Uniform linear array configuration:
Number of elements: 48
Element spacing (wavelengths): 0.25
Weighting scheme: cosine
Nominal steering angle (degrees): -45
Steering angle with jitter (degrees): -44.534
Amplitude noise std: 0.05
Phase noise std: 0.05

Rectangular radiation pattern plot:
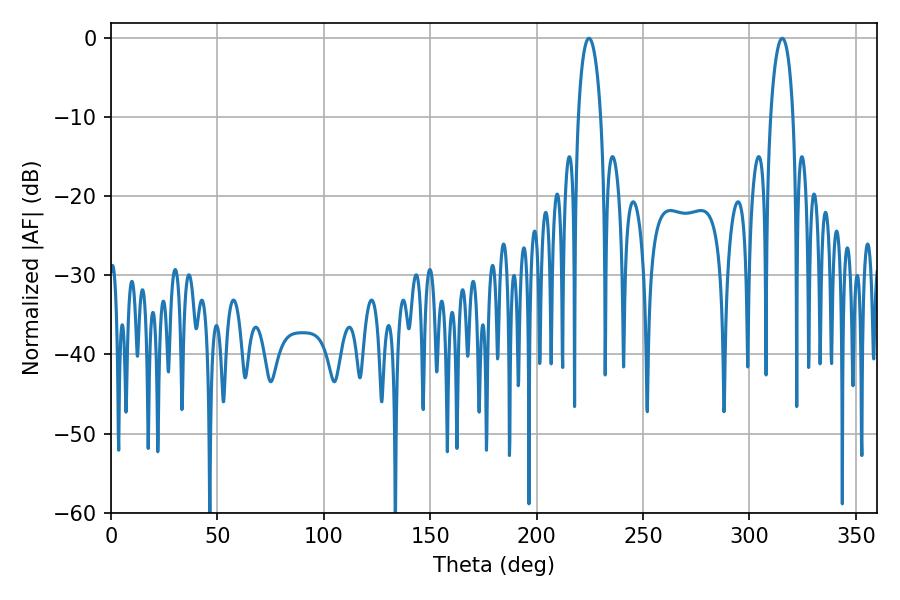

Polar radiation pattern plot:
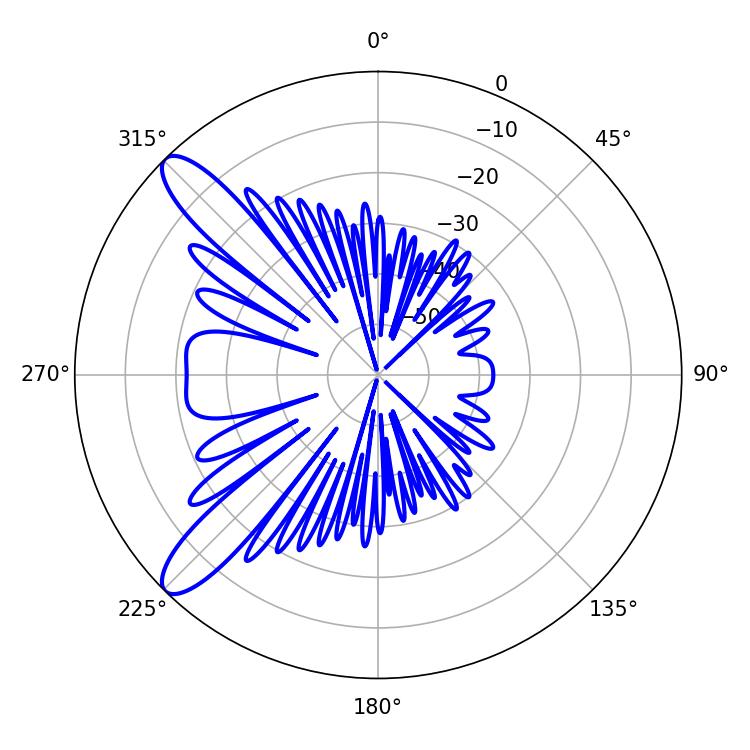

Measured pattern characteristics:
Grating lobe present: FALSE
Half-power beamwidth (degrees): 6.12
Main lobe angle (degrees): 224.64